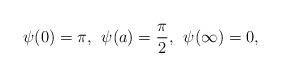
LaTeX: \begin{align*}\psi(0)=\pi,\, \;\psi(a)=\frac{\pi}{2},\,\;\psi(\infty)=0,\end{align*}